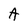
Character: A